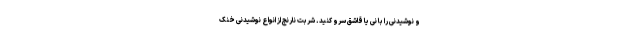
و نوشیدنی را با نی یا قاشق سرو کنید. شربت نارنج از انواع نوشیدنی خنک